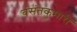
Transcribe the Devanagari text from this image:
बसंतकुमारी